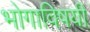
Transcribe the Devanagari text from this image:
भोगाविषयी